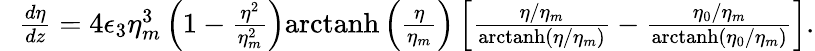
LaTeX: \begin{array}{rlr}&{}&{\! \! \! \! \! \! \! \! \frac{d\eta}{dz}=4\epsilon_{3}\eta_{m}^{3}\left(1-\frac{\eta^{2}}{\eta_{m}^{2}}\right)\mathrm{arctanh}\left(\frac{\eta}{\eta_{m}}\right)\left[\frac{\eta/\eta_{m}}{\mathrm{arctanh}\left(\eta/\eta_{m}\right)}-\frac{\eta_{0}/\eta_{m}}{\mathrm{arctanh}\left(\eta_{0}/\eta_{m}\right)}\right].}\end{array}